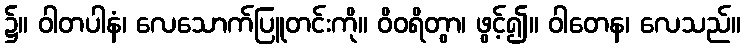
၌။ ဝါတပါနံ၊ လေသောက်ပြူတင်းကို။ ဝိဝရိတွာ၊ ဖွင့်၍။ ဝါတေန၊ လေသည်။